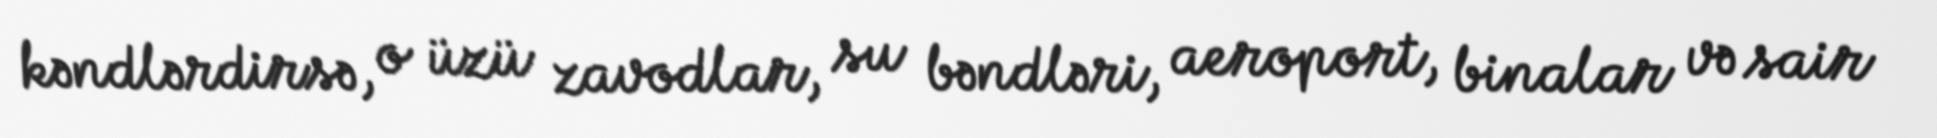
kəndlərdirsə, o üzü zavodlar, su bəndləri, aeroport, binalar və sair